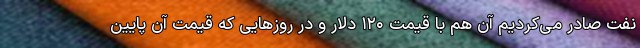
نفت صادر می‌کردیم آن هم با قیمت ۱۲۰ دلار و در روزهایی که قیمت آن پایین